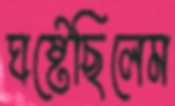
ঘষ্‌টেছিলেম